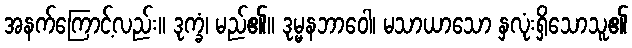
အနက်ကြောင့်လည်း။ ဒုက္ခံ၊ မည်၏။ ဒုမ္မနဘာဝေါ၊ မသာယာသော နှလုံးရှိသောသူ၏